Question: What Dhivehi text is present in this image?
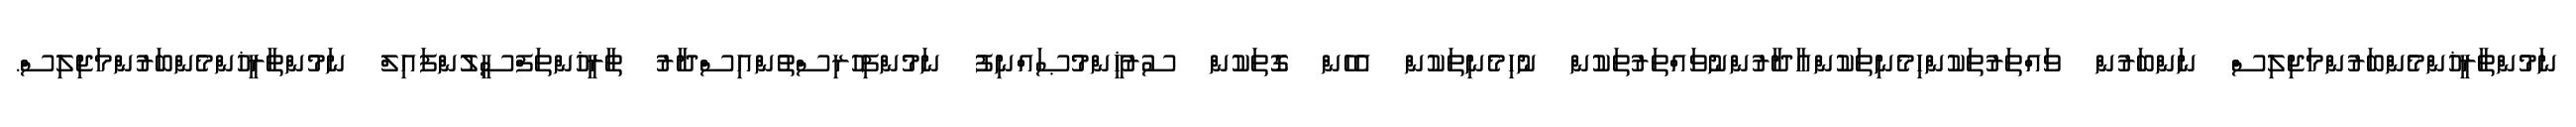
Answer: ނަމުންތާރީޚުންމެންބަރުންމަޖިލިސް ނަންބަރުން ވައްތަރުތަކުންހިމެނިތަކުންއާދާރުންނުވައްތަރުތަކުން ނުހިމެނިތަކުން އެހެން ގޮތަކުން ސުރުޚީންމުޞައްނިފު ނަމުންފިހުރިސްތުންއިސްދާރު ތާރީޚުންތަފްސީލުންފައިލް ނަމުންތާރީޚުންމެންބަރުންމަޖިލިސް.